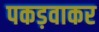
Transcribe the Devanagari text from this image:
पकड़वाकर